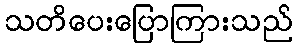
သတိပေးပြောကြားသည်